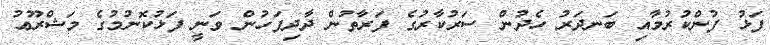
ފަޅު ފުންކުރުމާއި ބަނދަރު ހެދުން ސަރުކާރުގެ ފަރާތުން ދާދިފަހުން ވަނީ ފަޅުކޮނުމުގެ މަޝްރޫޢު